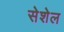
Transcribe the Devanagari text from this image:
सेशेल